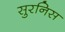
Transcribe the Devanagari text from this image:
सुरनिस